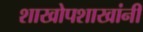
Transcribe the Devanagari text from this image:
शाखोपशाखांनी